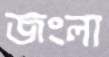
জংলা